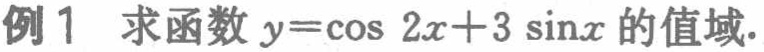
例1 求函数 \(y = \cos 2x + 3\sin x\) 的值域.